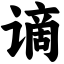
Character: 谪